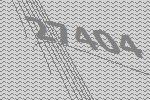
27404